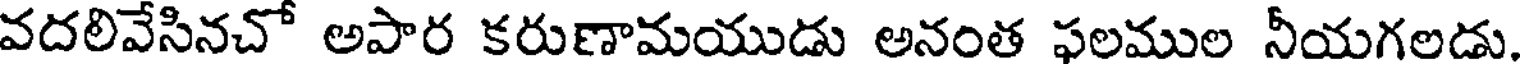
వదలివేసినచో అపార కరుణామయుడు అనంత ఫలముల నీయగలడు